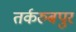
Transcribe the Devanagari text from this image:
तर्करुबपुर